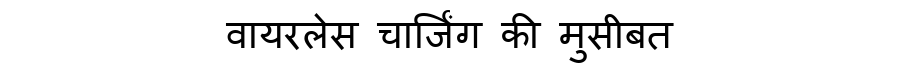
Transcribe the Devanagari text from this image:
वायरलेस चार्जिंग की मुसीबत